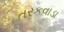
તરકવાડા